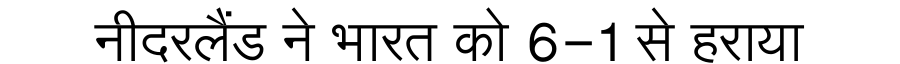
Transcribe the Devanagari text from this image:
नीदरलैंड ने भारत को 6-1 से हराया